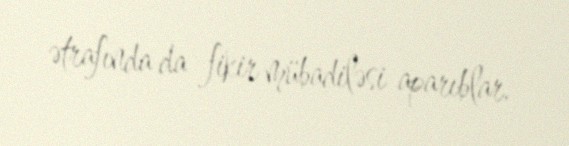
ətrafında da fikir mübadiləsi aparıblar.